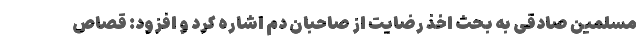
مسلمین صادقی به بحث اخذ رضایت از صاحبان دم اشاره کرد و افزود: قصاص